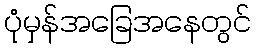
ပုံမှန်အခြေအနေတွင်